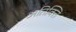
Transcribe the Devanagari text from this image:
अतिक्ति